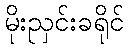
မိုးညှင်းခရိုင်